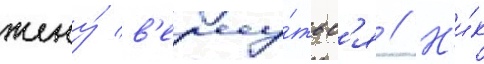
жену́ в'ерну́тьс'я // Н'и́к